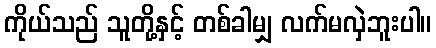
ကိုယ်သည် သူတို့နှင့် တစ်ခါမျှ လက်မလှဲဘူးပါ။